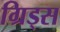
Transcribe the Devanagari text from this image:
ग्रिड्स